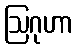
ဩဂုဟာ